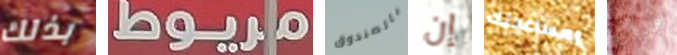
بذلك مريوط بالصندوق إن بمساعدتك عليك